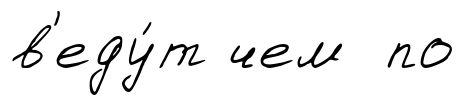
в'еду́т чем по